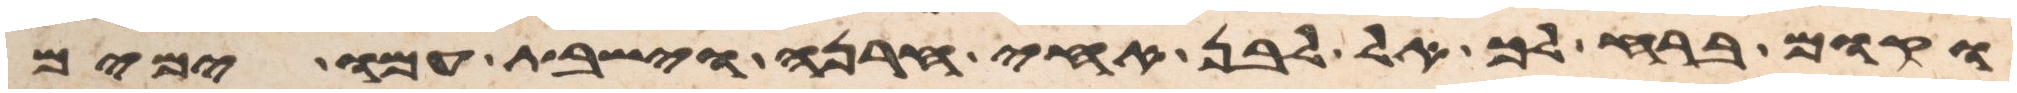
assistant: וקום ברח לך אל לבן אחי חרנה וישבת עמו ימים